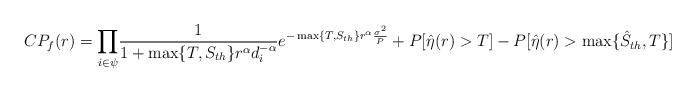
\begin{align*}CP_f(r)=\underset{i \in \psi}\prod\frac{1}{1+\max\{T, S_{th}\}r^\alpha d_i^{-\alpha}}e^{-\max\{T, S_{th}\} r^{\alpha}\frac{\sigma^2}{P}}+P[\hat{\eta}(r)>T]-P[\hat{\eta}(r)>\max\{\hat{S}_{th},T\}]\end{align*}